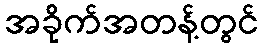
အခိုက်အတန့်တွင်